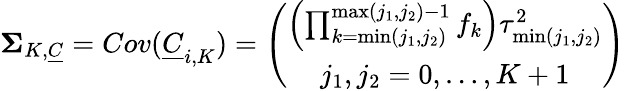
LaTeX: \begin{array}{r}{\mathbf{\Sigma}_{K,\underline{{C}}}=Cov(\underline{{C}}_{i,K})=\left(\begin{array}{c}{\left(\prod_{k=\operatorname*{min}(j_{1},j_{2})}^{\operatorname*{max}(j_{1},j_{2})-1}f_{k}\right)\tau_{\operatorname*{min}(j_{1},j_{2})}^{2}}\\ {j_{1},j_{2}=0,\ldots,K+1}\end{array}\right)}\end{array}